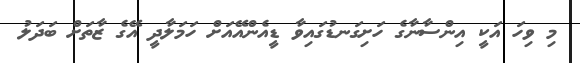
މި ވިހަ އަކީ އިންސާނާގެ ހަށިގަނޑުގައިވާ ޑީއެންއޭއަށް ހަމަލާދީ އޭގެ ޒާތަށް ބަދަލު